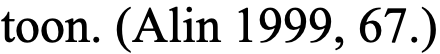
toon. (Alin 1999, 67.)